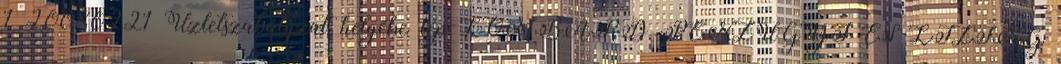
1 20080221 Üzletszabályzat helyébe lép LOMBARD PÉNZÜGYI ÉS LÍZING